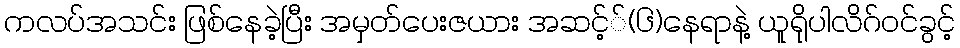
ကလပ်အသင်း ဖြစ်နေခဲ့ပြီး အမှတ်ပေးဇယား အဆင့််(၆)နေရာနဲ့ ယူရိုပါလိဂ်ဝင်ခွင့်